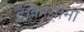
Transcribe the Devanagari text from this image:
ट्राकोग्रामा